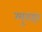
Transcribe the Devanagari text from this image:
म्युराइन